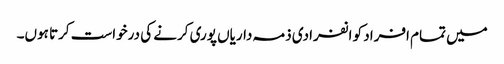
میں تمام افراد کو انفرادی ذمہ داریاں پوری کرنے کی درخواست کرتا ہوں۔